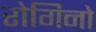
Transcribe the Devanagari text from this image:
रोगिनो